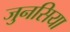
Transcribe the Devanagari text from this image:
जुनसिया